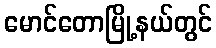
မောင်တောမြို့နယ်တွင်